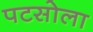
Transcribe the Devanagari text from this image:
पटसोला